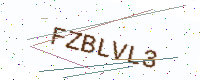
Text: FZBLVL3